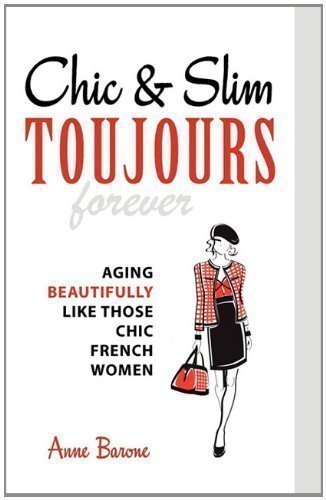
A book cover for Chic & Slim Toujours: Aging Beautifully Like Those Chic French Women by Barone, Anne (2011); Health, Fitness & Dieting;